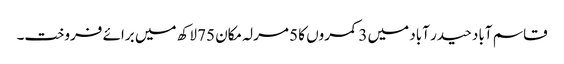
قاسم آباد حیدر آباد میں 3 کمروں کا 5 مرلہ مکان 75 لاکھ میں برائے فروخت۔